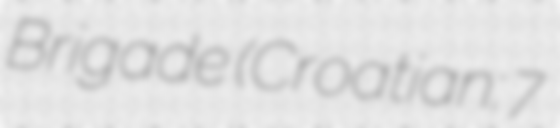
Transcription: Brigade (Croatian: 7